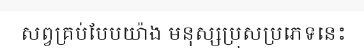
សព្វគ្រប់បែបយ៉ាង មនុស្សប្រុសប្រភេទនេះ